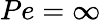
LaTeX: Pe=\infty